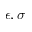
\epsilon , \sigma